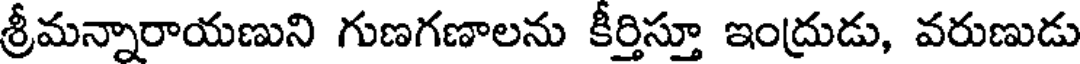
శ్రీమన్నారాయణుని గుణగణాలను కీర్తిస్తూ ఇంద్రుడు, వరుణుడు